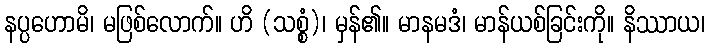
နပ္ပဟောမိ၊ မဖြစ်လောက်။ ဟိ (သစ္စံ)၊ မှန်၏။ မာနမဒံ၊ မာန်ယစ်ခြင်းကို။ နိဿာယ၊